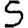
Digit: 5